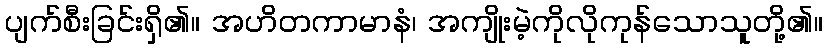
ပျက်စီးခြင်းရှိ၏။ အဟိတကာမာနံ၊ အကျိုးမဲ့ကိုလိုကုန်သောသူတို့၏။